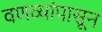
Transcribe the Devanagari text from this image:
वणव्यांपासून